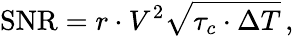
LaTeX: \mathrm{SNR}=r\cdot V^{2}\sqrt{\tau_{c}\cdot\Delta T}\, ,